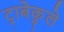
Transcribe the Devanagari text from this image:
ट्राबेकुले